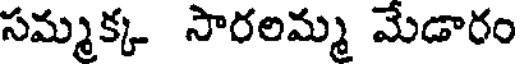
సమ్మక్క సారలమ్మ మేడారం